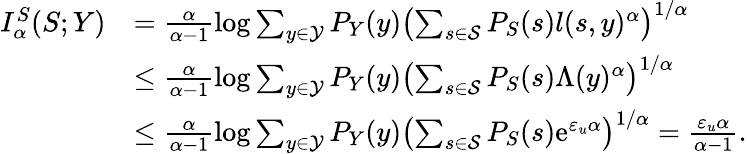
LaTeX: \begin{array}{rl}{I_{\alpha}^{S}(S;Y)}&{=\frac{\alpha}{\alpha-1}\log\sum_{y\in\mathcal{Y}}P_{Y}(y)\left(\sum_{s\in\mathcal{S}}P_{S}(s)l(s,y)^{\alpha}\right)^{1/\alpha}}\\ &{\leq\frac{\alpha}{\alpha-1}\log\sum_{y\in\mathcal{Y}}P_{Y}(y)\left(\sum_{s\in\mathcal{S}}P_{S}(s)\Lambda(y)^{\alpha}\right)^{1/\alpha}}\\ &{\leq\frac{\alpha}{\alpha-1}\log\sum_{y\in\mathcal{Y}}P_{Y}(y)\left(\sum_{s\in\mathcal{S}}P_{S}(s)\mathrm{e}^{\varepsilon_{u}\alpha}\right)^{1/\alpha}=\frac{\varepsilon_{u}\alpha}{\alpha-1}.}\end{array}